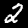
Label: 2